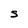
Character: S